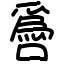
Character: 噕